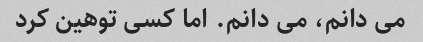
می دانم، می دانم. اما کسی توهین کرد